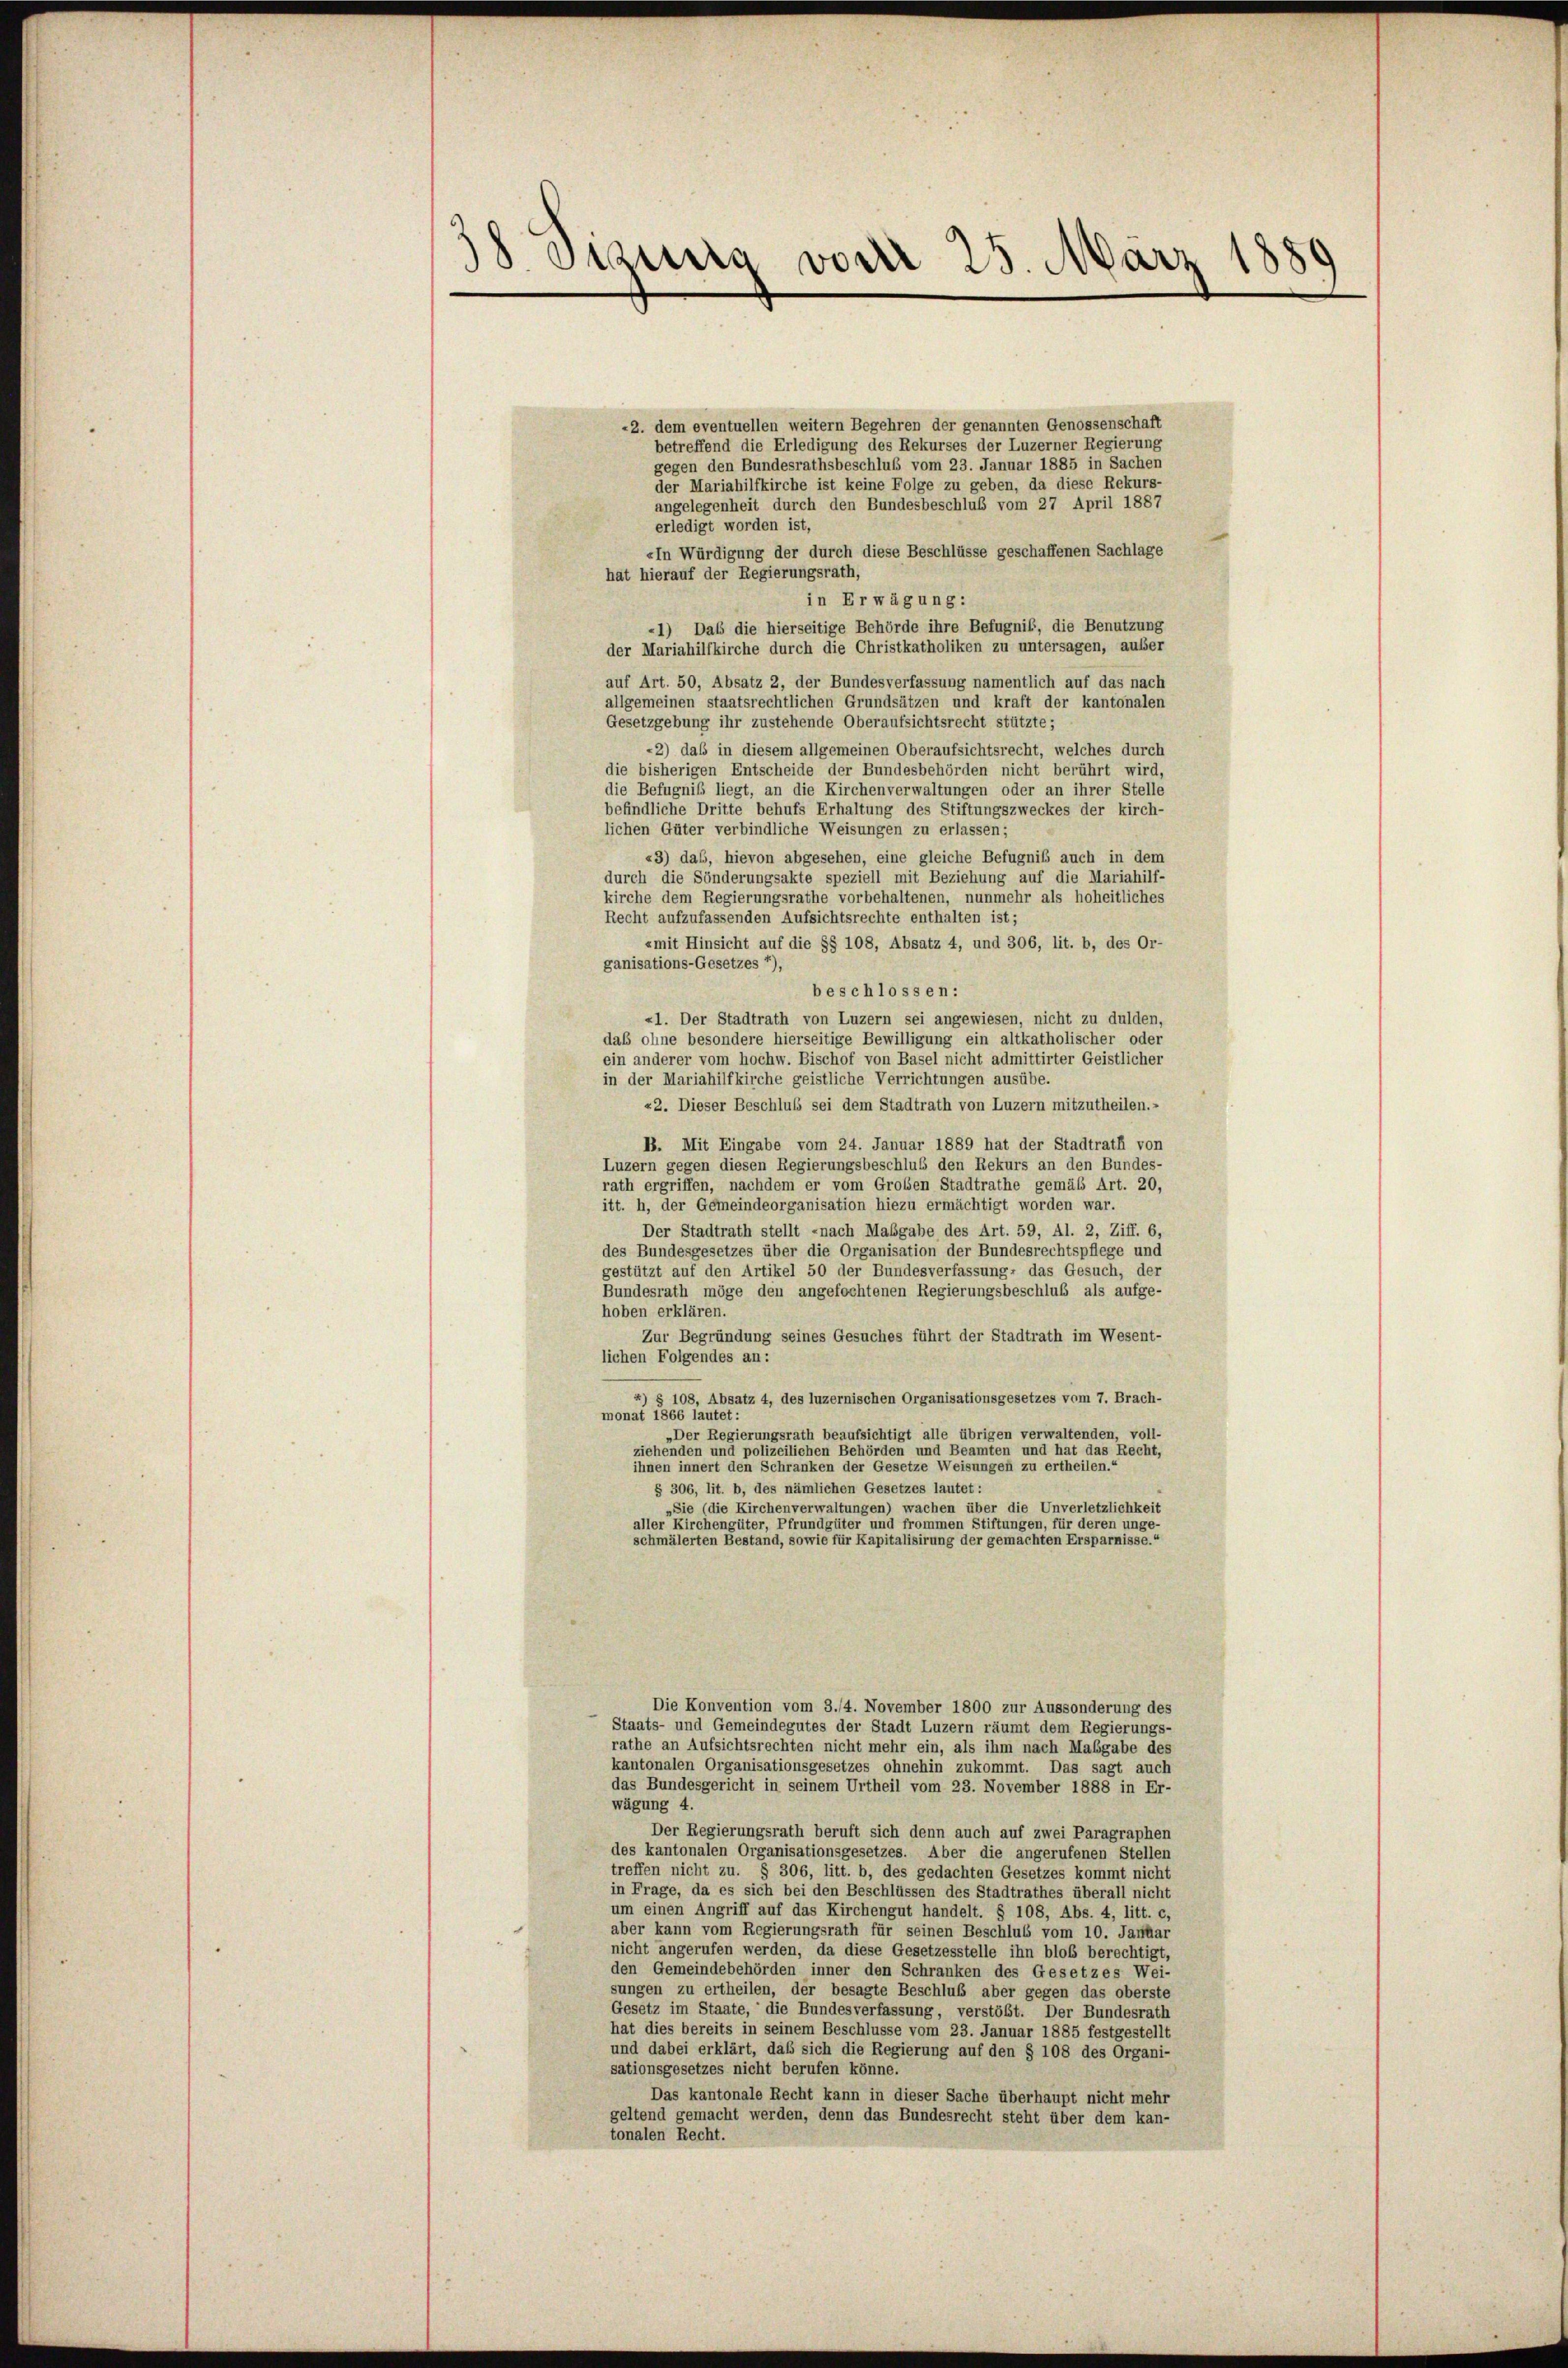
38 Signung von 25. März 1889

2. dem eventuellen weitern Begehren der genannten Genossenschaft
betreffend die Erledigung des Rekurses der Luzerner Regierung
gegen den Bundesrathsbeschluß vom 23. Januar 1885 in Sachen
der Mariahilfkirche ist keine Folge zu geben, da diese Rekurs-
angelegenheit durch den Bundesbeschluß vom 27 April 1887
erledigt worden ist,
«In Würdigung der durch diese Beschlüsse geschaffenen Sachlage
hat hierauf der Regierungsrath,
in Erwägung:
1) Daß die hierseitige Behörde ihre Befugniß, die Benutzung
der Mariahilfkirche durch die Christkatholiken zu untersagen, ausser
auf Art. 50, Absatz 2, der Bundesverfassung namentlich auf das nach
allgemeinen staatsrechtlichen Grundsätzen und kraft der kantonalen
Gesetzgebung ihr zustehende Oberaufsichtsrecht stützte;
*2) daß in diesem allgemeinen Oberaufsichtsrecht, welches durch
die bisherigen Entscheide der Bundesbehörden nicht berührt wird,
die Befugniß liegt, an die Kirchenverwaltungen oder an ihrer Stelle
befindliche Dritte behufs Erhaltung des Stiftungszweckes der kirch-
lichen Güter verbindliche Weisungen zu erlassen;
«3) das, hievon abgesehen, eine gleiche Befugniß auch in dem
durch die Sönderungsakte speziell mit Beziehung auf die Mariahilf-
kirche dem Regierungsrathe vorbehaltenen, nunmehr als hoheitliches
Recht aufzufassenden Aufsichtsrechte enthalten ist;
«mit Hinsicht auf die §§ 108, Absatz 4, und 306, lit. b, des Or-
ganisations-Gesetzes *),
beschlossen:
«1. Der Stadtrath von Luzern sei angewiesen, nicht zu dulden,
daß ohne besondere hierseitige Bewilligung ein altkatholischer oder
ein anderer vom hochw. Bischof von Basel nicht admittirter Geistlicher
in der Mariahilfkirche geistliche Verrichtungen ausübe.
22. Dieser Beschluß sei dem Stadtrath von Luzern mitzutheilen.-
B. Mit Eingabe vom 24. Januar 1889 hat der Stadtrath von
Luzern gegen diesen Regierungsbeschlus den Rekurs an den Bundes-
rath ergriffen, nachdem er vom Großen Stadtrathe gemäß Art. 20,
itt. h, der Gemeindeorganisation hiezu ermächtigt worden war.
Der Stadtrath stellt nach Maßgabe des Art. 59, Al. 2, Ziff. 6,
des Bundesgesetzes über die Organisation der Bundesrechtspflege und
gestützt auf den Artikel 50 der Bundesverfassung, das Gesuch, der
Bundesrath möge den angefochtenen Regierungsbeschluß als aufge-
hoben erklären.
Zur Begründung seines Gesuches führt der Stadtrath im Wesent-
lichen Folgendes an:
) § 108, Absatz 4, des luzernischen Organisationsgesetzes vom 7. Brach-
monat 1866 lautet:
„Der Regierungsrath beaufsichtigt alle übrigen verwaltenden, voll-
ziehenden und polizeilichen Behörden und Beamten und hat das Recht,
ihnen innert den Schranken der Gesetze Weisungen zu ertheilen.“
§ 306, lit. b, des nämlichen Gesetzes lautet:
Sie (die Kirchenverwaltungen) wachen über die Unverletzlichkeit
aller Kirchengüter, Pfrundgüter und frommen Stiftungen, für deren ung
schmälerten Bestand, sowie für Kapitalisirung der gemachten Ersparnisse.“
Die Konvention vom 3./4. November 1800 zur Aussonderung des
Staats- und Gemeindegutes der Stadt Luzern räumt dem Regierungs-
rathe an Aufsichtsrechten nicht mehr ein, als ihm nach Maßgabe des
kantonalen Organisationsgesetzes ohnehin zukommt. Das sagt auch
das Bundesgericht in seinem Urtheil vom 23. November 1888 in Er-
wägung 4.
Der Regierungsrath beruft sich denn auch auf zwei Paragraphen
des kantonalen Organisationsgesetzes. Aber die angerufenen Stellen
treffen nicht zu. § 306, litt. b, des gedachten Gesetzes kommt nicht
in Frage, da es sich bei den Beschlüssen des Stadtrathes überall nicht
um einen Angriff auf das Kirchengut handelt. § 108, Abs. 4, litt. c,
aber kann vom Regierungsrath für seinen Beschlus vom 10. Januar
nicht angerufen werden, da diese Gesetzesstelle ihn bloß berechtigt,
den Gemeindebehörden inner den Schranken des Gesetzes Wei-
sungen zu ertheilen, der besagte Beschluß aber gegen das oberste
Gesetz im Staate, die Bundesverfassung, verstößt. Der Bundesrath
hat dies bereits in seinem Beschlüsse vom 23. Januar 1885 festgestellt
und dabei erklärt, daß sich die Regierung auf den § 108 des Organi-
sationsgesetzes nicht berufen könne.
Das kantonale Recht kann in dieser Sache überhaupt nicht mehr
geltend gemacht werden, denn das Bundesrecht steht über dem kan-
tonalen Recht.